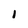
Character: I